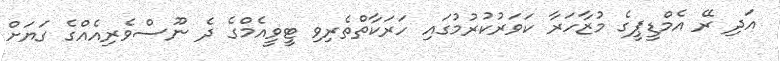
އަދި ރޭ އެމްޑީޕީގެ މުޒާހަރާ ކަވަރުކުރުމުގައި ހަރަކާތްތެރިވި ޓީވީއެމްގެ ދެ ނޫސްވެރިއެއްގެ ގަޔަށް